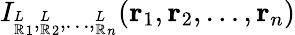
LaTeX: I_{{^L_{\mathbb{R}}}_{1},{^L_{\mathbb{R}}}_{2},\ldots,{^L_{\mathbb{R}}}_{n}}(\mathbf{{r}}_{1},\mathbf{{r}}_{2},\ldots,\mathbf{{r}}_{n})